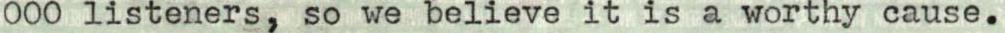
000 listeners, so we believe it is a worthy cause.